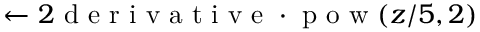
\leftarrow 2 \mathrm { ~ d ~ e ~ r ~ i ~ v ~ a ~ t ~ i ~ v ~ e ~ } \cdot \mathrm { ~ p ~ o ~ w ~ } ( z / 5 , 2 )